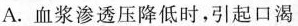
A.血浆渗透压降低时，引起口渴